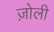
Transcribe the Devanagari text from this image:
ज़ोली